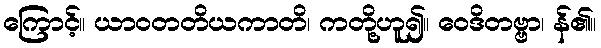
ကြောင့်။ ယာဝတတိယကာတိ၊ ကတို့ဟူ၍။ ဝေဒိတဗ္ဗာ၊ န်၏။